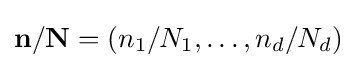
{\textstyle \mathbf {n} /\mathbf {N} =\left(n_{1}/N_{1},\ldots ,n_{d}/N_{d}\right)}